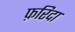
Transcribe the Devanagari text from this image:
फ़रिदा